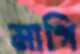
মাগি